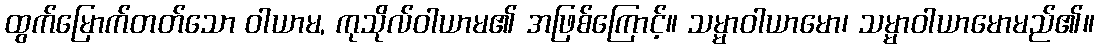
ထွက်မြောက်တတ်သော ဝါယာမ, ကုသိုလ်ဝါယာမ၏ အဖြစ်ကြောင့်။ သမ္မာဝါယာမော၊ သမ္မာဝါယာမောမည်၏။